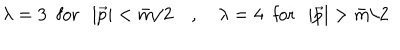
LaTeX: \lambda = 3 \; \mathrm { ~ f o r ~ } \; \left| \vec { p } \right| < \bar { m } / 2 \quad , \quad \lambda = 4 \; \mathrm { ~ f o r ~ } \; \left| \vec { p } \right| > \bar { m } / 2